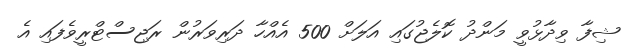
ޝިފާ ވިދާޅުވީ މަންދު ކޮލެޖުގައި އަލަށް 500 އެއްހާ ދަރިވަރުން ރަޖިސްޓްރީވެފައި އެ